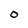
Character: O